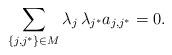
LaTeX: \begin{align*}\sum_{\{j,j^*\}\in M} \lambda_j\, \lambda_{j^*}a_{j,j^*} = 0.\end{align*}